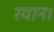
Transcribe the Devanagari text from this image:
रयान।